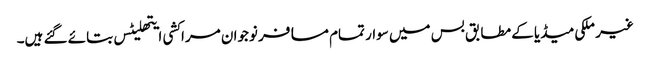
غیر ملکی میڈیا کے مطابق بس میں سوار تمام مسافر نوجوان مراکشی ایتھلیٹس بتائے گئے ہیں۔